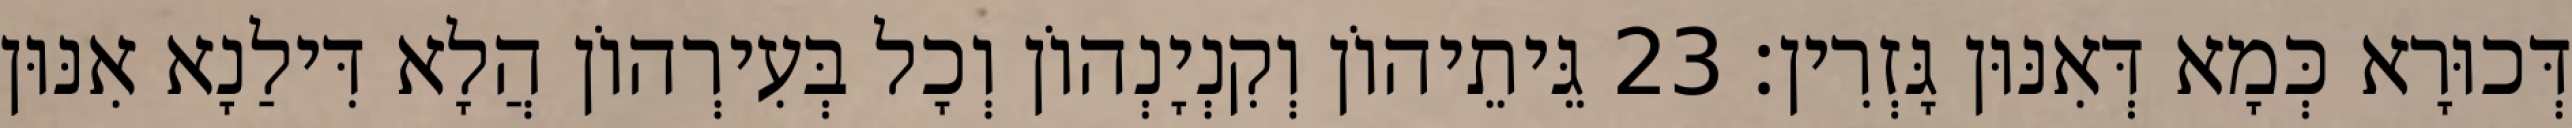
דְּכוּרָא כְּמָא דְּאִנּוּן גָּזְרִין׃ 23 גֵּיתֵיהוֹן וְקִנְיָנְהוֹן וְכָל בְּעִירְהוֹן הֲלָא דִּילַנָא אִנּוּן